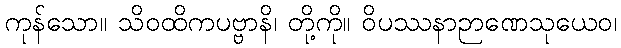
ကုန်သော။ သိဝထိကပဗ္ဗာနိ၊ တို့ကို။ ဝိပဿနာဉာဏေသုယေဝ၊